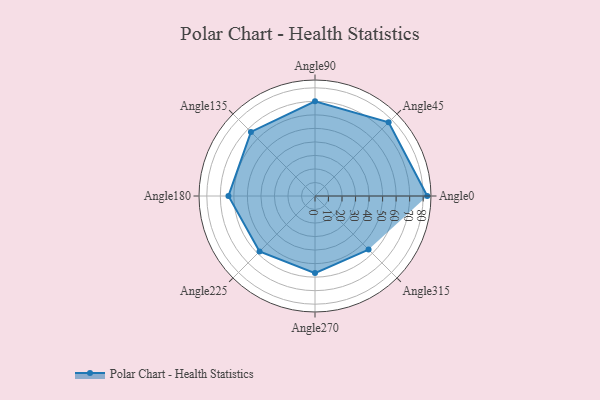
{"axis": {"x": "Angle", "y": "Radius"}, "legend": [""], "data": [{"x": "Angle0", "y": 83.0, "type": ""}, {"x": "Angle45", "y": 77.0, "type": ""}, {"x": "Angle90", "y": 70.0, "type": ""}, {"x": "Angle135", "y": 67.0, "type": ""}, {"x": "Angle180", "y": 64.0, "type": ""}, {"x": "Angle225", "y": 58.0, "type": ""}, {"x": "Angle270", "y": 57.0, "type": ""}, {"x": "Angle315", "y": 56.0, "type": ""}]}